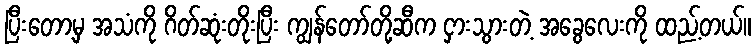
ပြီးတော့မှ အသံကို ဂိတ်ဆုံးတိုးပြီး ကျွန်တော်တို့ဆီက ငှားသွားတဲ့ အခွေလေးကို ထည့်တယ်။